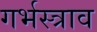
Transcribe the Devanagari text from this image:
गर्भस्त्राव